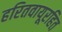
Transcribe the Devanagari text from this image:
हरितवायूरहित